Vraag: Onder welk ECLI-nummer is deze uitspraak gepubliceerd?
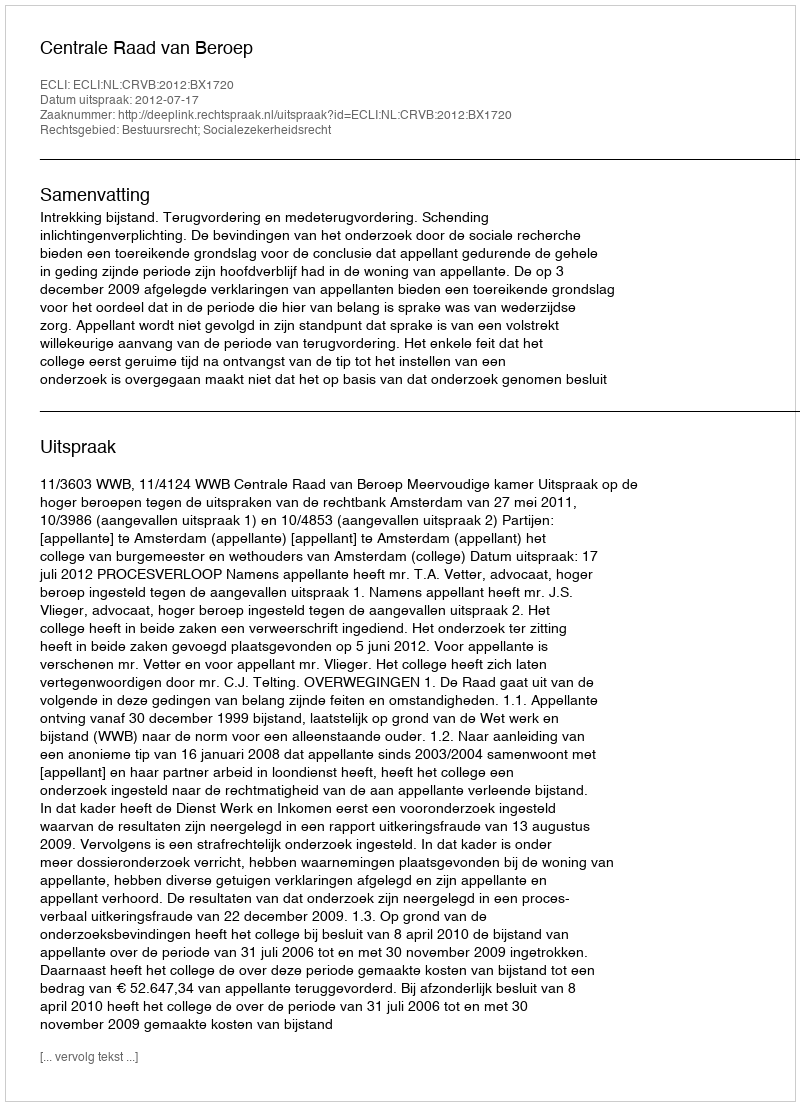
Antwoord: ECLI:NL:CRVB:2012:BX1720